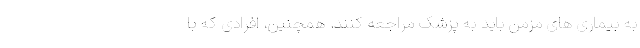
به بیماری های مزمن باید به پزشک مراجعه کنند. همچنین، افرادی که با